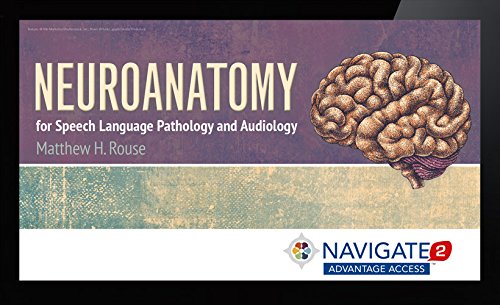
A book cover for Navigate 2 Advantage Access For Neuroanatomy For Speech Language Pathology And Audiology; Medical Books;